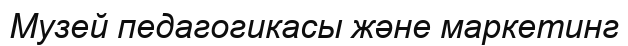
Музей педагогикасы және маркетинг